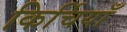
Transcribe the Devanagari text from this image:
किर्चियाँ